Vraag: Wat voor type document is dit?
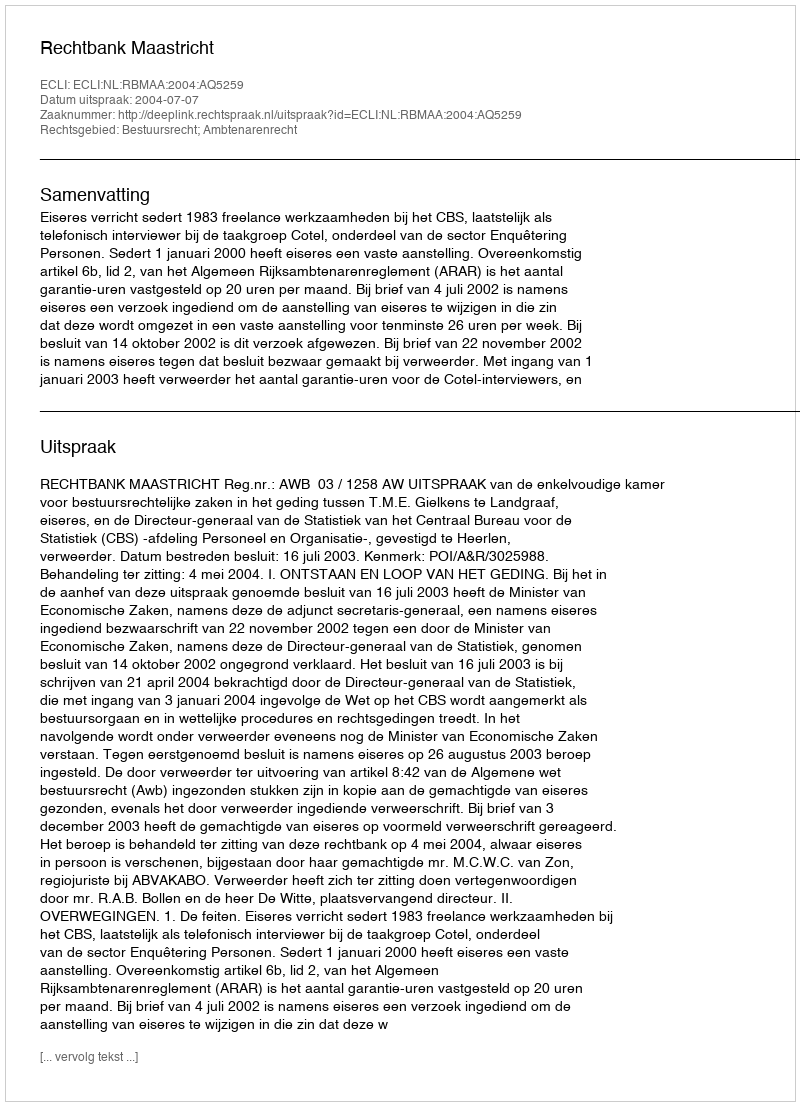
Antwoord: Uitspraak